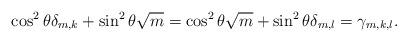
LaTeX: \begin{align*}\cos^2 \theta \delta_{m,k} + \sin^2 \theta \sqrt{m}= \cos^2 \theta \sqrt{m} + \sin^2 \theta \delta_{m,l}= \gamma_{m,k,l}.\end{align*}